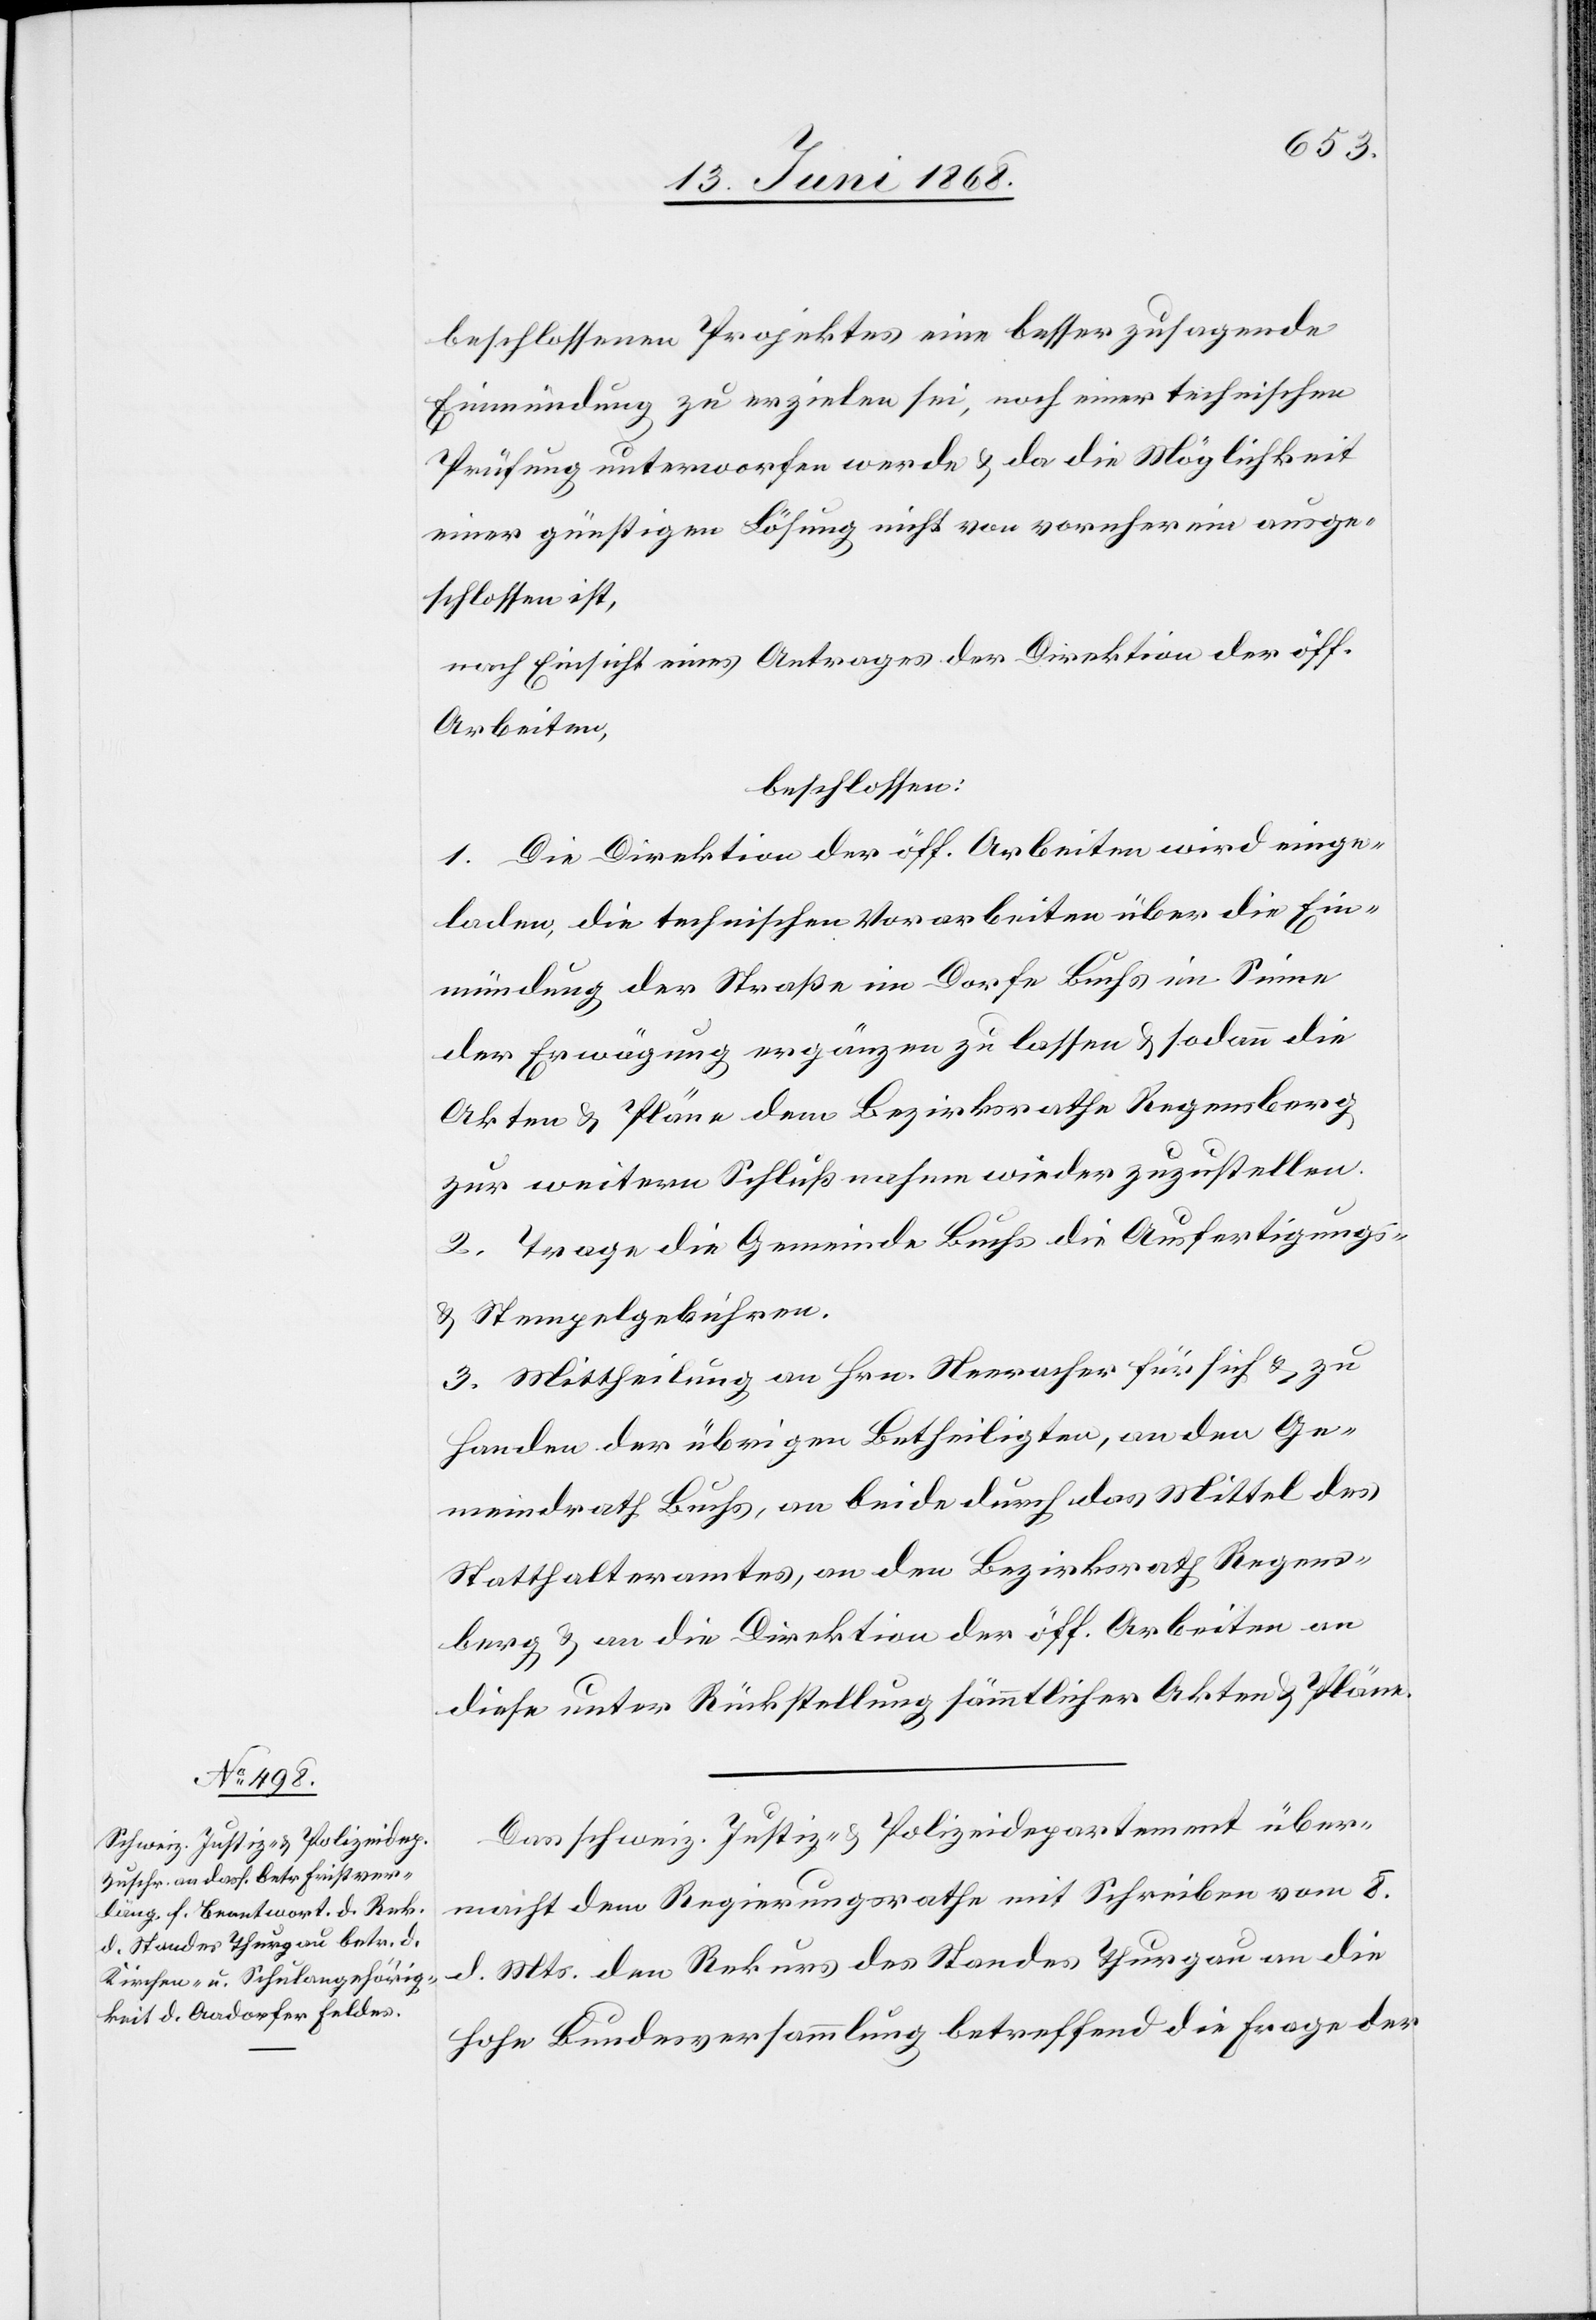
beschlossenen Projektes eine besser zusagende
Einmündung zu erzielen sei, noch einer technischen
Prüfung unterworfen werde & da die Möglichkeit
einer günstigen Lösung nicht von vornherein ausge¬
schlossen ist,
nach Einsicht eines Antrages der Direktion der öff.
Arbeiten,
beschlossen:
1. Die Direktion der öff. Arbeiten wird einge¬
laden, die technischen Vorarbeiten über die Ein¬
mündung der Straße im Dorfe Buchs im Sinne
der Erwägung ergänzen zu lassen & sodann die
Akten & Pläne dem Bezirksrathe Regensberg
zur weitern Schlußnahme wieder zuzustellen.
2. Trage die Gemeinde Buchs die Ausfertigungs-
& Stempelgebühren.
3. Mittheilung an Hrn. Neeracher für sich & zu
Handen der übrigen Betheiligten, an den Ge¬
meindrath Buchs, an beide durch das Mittel des
Statthalteramtes, an den Bezirksrath Regens¬
berg & an die Direktion der öff. Arbeiten an
diese unter Rückstellung sämmtlicher Akten & Pläne.
Das schweiz. Justiz- & Polizeidepartement über¬
macht dem Regierungsrathe mit Schreiben vom 8.
d. Mts. den Rekurs des Standes Thurgau an die
hohe Bundesversammlung betreffend die Frage der